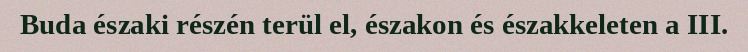
Buda északi részén terül el, északon és északkeleten a III.